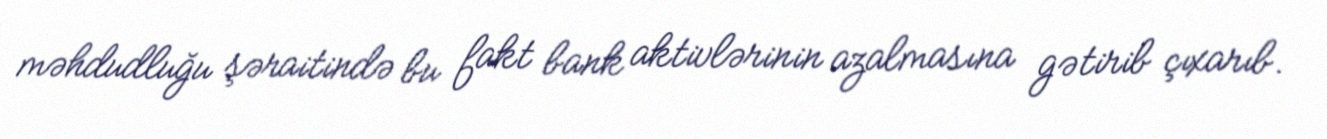
məhdudluğu şəraitində bu fakt bank aktivlərinin azalmasına gətirib çıxarıb.